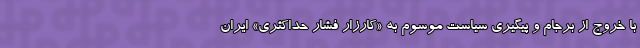
با خروج از برجام و پیگیری سیاست موسوم به «کارزار فشار حداکثری» ایران